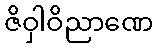
ဇိဝှါဝိညာဏေ